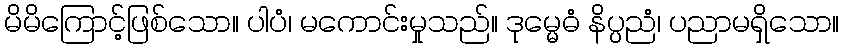
မိမိကြောင့်ဖြစ်သော။ ပါပံ၊ မကောင်းမှုသည်။ ဒုမ္မေဓံ နိပ္ပညံ၊ ပညာမရှိသော။